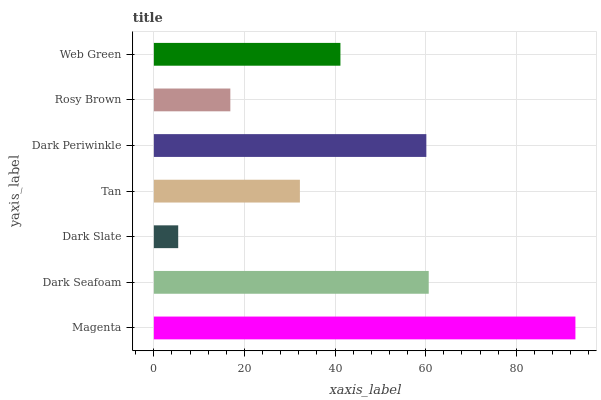
| yaxis_label | bars |
 | --- | --- |
 | Magenta | 93.1 |
 | Dark Seafoam | 60.7 |
 | Dark Slate | 5.37 |
 | Tan | 32.2 |
 | Dark Periwinkle | 60.1 |
 | Rosy Brown | 16.9 |
 | Web Green | 41.2 |